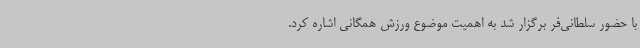
با حضور سلطانی‌فر برگزار شد به اهمیت موضوع ورزش همگانی اشاره کرد.